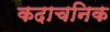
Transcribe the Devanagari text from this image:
कदाचनिक